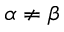
\alpha \neq \beta